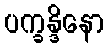
ပက္ခန္ဒိနော